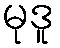
မုဒူ